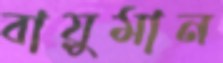
বায়ুমান